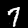
Digit: 7